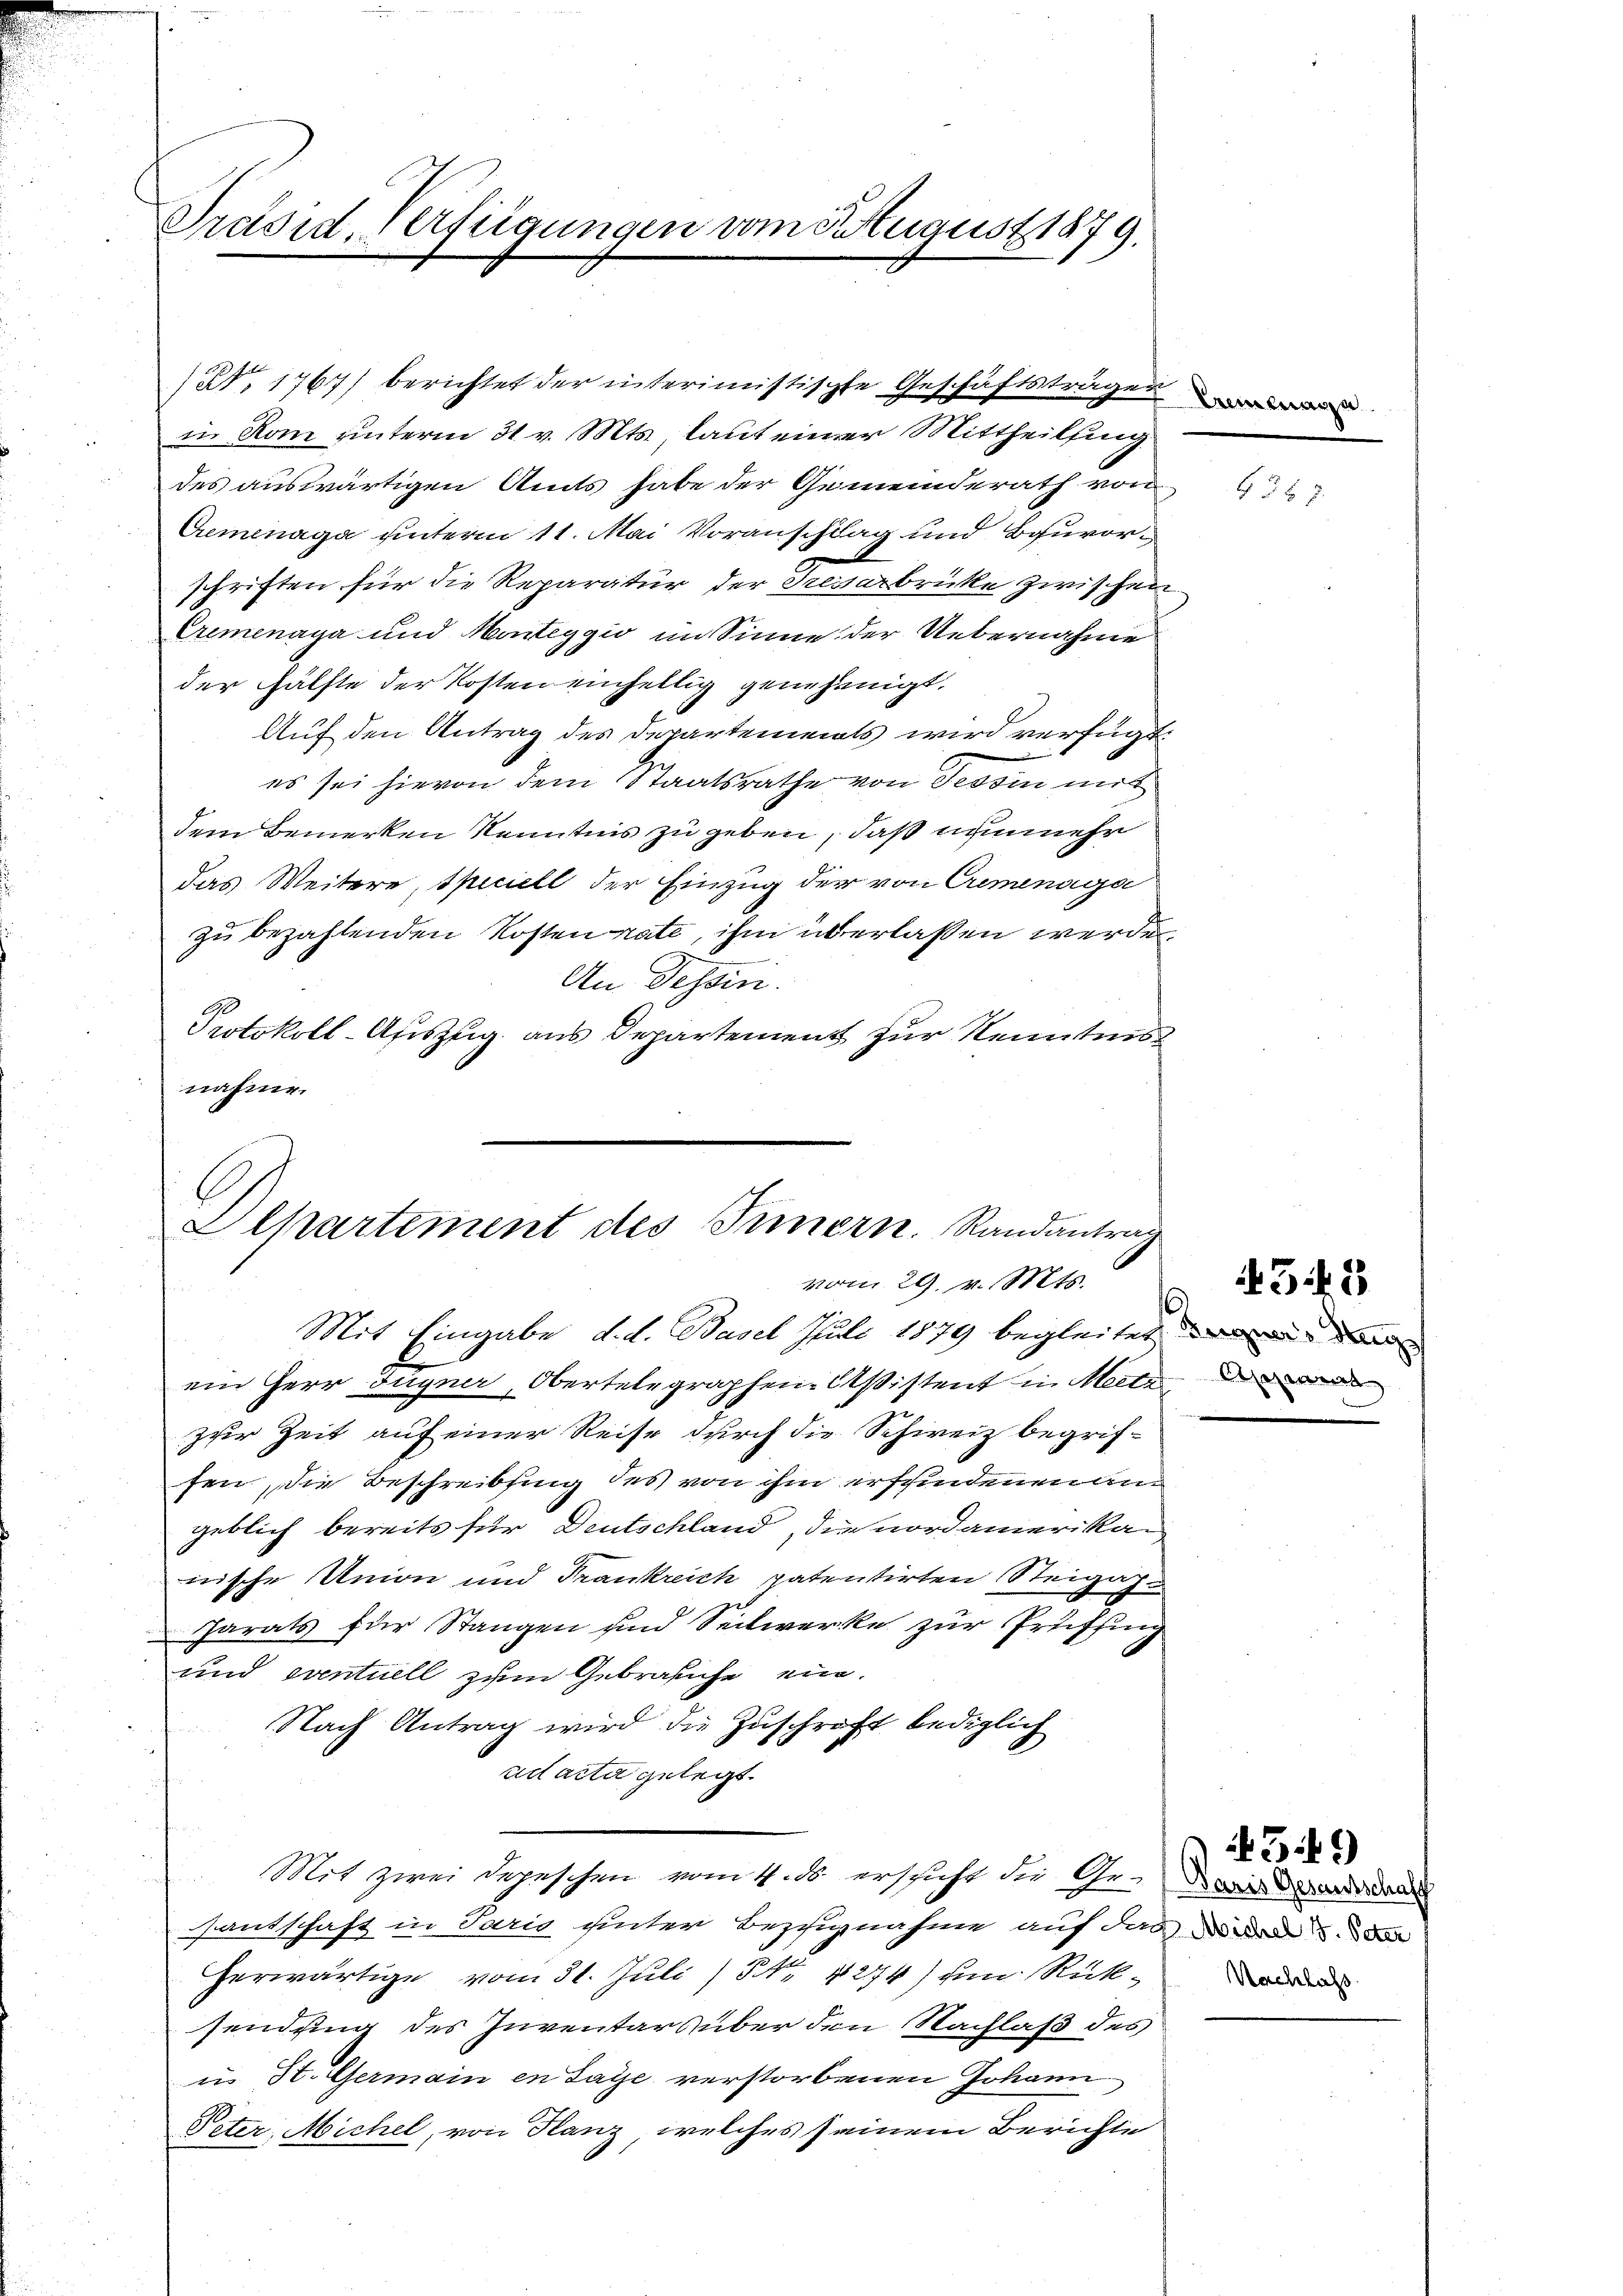
Präsid. Verfügungen vom August 1879.

(Nr. 1767) berichtet der interimistischte Geschäftsträgen
in Rom unterm 31. v. Mts., laut einer Mittheilsing
des auswärtigen Amts habe der Gemeinderath von
Cremenaga unterm 11. Mai Voranschlag und Bauvorschriften für die Reparatur der Pressarbrücke zwischen
Eremenaga und Monteggio im Sinne der Uebernahme
der Hälfte der Kosten einhellig genehmigt.
Auf den Antrag des Departements wird verfügt:
es sei hievon dem Staatsrathe von Tessin mit
dem Bemerken Kenntnis zu geben, daß nunmehr
das Weitere, speciell der Einzug der von Cremenaga
zu bezahlenden Kosten rate, ihm überlassen werden,
e
An Tessin.
Protokoll-Auszug aus Departement zur Kenntniss
nahme.

Departement des Innern. Randantrag
vom 29. v. Mts.

Mit Eingabe, d. d. Basel Juli 1879 begleitet
ein Herr Gugner, Obertelegraphen Aßistent in Mate
zur Zeit auf einer Reise durch die Schweiz begriffen, die Beschreibung des von ihm erfundenen angeblich bereits für Deutschland, die nordamerikan
nische Union und Frankreich patentirten Steigaz
Parats für Stangen und Seilwerke zur Prüffung
und eventuell zum Gebrauche ein.
Nach Antrag wird die Zuschrift lediglich
ad acta gelegt.
Mit zwei Depeschen vom 11. ds erschicht die Ge-Doris Brandidat
antschaft in Paris hinter Bezugnahme auf das die
herwärtige vom 31. Juli / No 1274) um Rücksendung des Inventars über den Nachlaß des
i. St. Germain in Tage verstorbenen Johann
Peter, Michel, von Glanz, welches seinem Berichte

432 7

Reignes Augs

433

3:49